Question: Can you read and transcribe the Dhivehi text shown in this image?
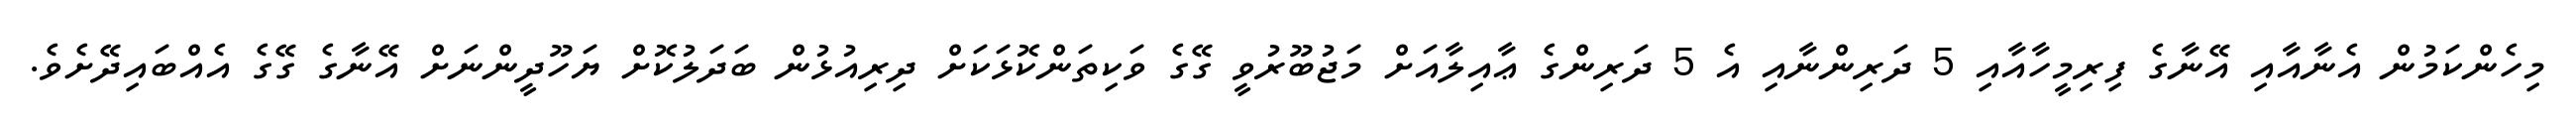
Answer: މިހެންކަމުން އެނާއާއި އޭނާގެ ފިރިމީހާއާއި 5 ދަރިންނާއި އެ 5 ދަރިންގެ ޢާއިލާއަށް މަޖުބޫރުވީ ގޭގެ ވަކިތަންކޮޅަކަށް ދިރިއުޅުން ބަދަލުކޮށް ޔަހޫދީންނަށް އޭނާގެ ގޭގެ އެއްބައިދޭށެވެ.